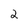
Character: 2